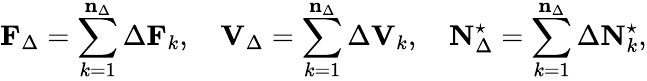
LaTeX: \mathbf{F}_{\Delta}=\sum_{k=1}^{\mathbf{n}_{\Delta}}\Delta\mathbf{F}_{k},\quad\mathbf{V}_{\Delta}=\sum_{k=1}^{\mathbf{n}_{\Delta}}\Delta\mathbf{V}_{k},\quad\mathbf{N}_{\Delta}^{\star}=\sum_{k=1}^{\mathbf{n}_{\Delta}}\Delta\mathbf{N}_{k}^{\star},